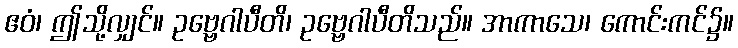
ဧဝံ၊ ဤသို့လျှင်။ ဥဗ္ဗေဂါပီတိ၊ ဥဗ္ဗေဂါပီတိသည်။ အာကာသေ၊ ကောင်းကင်၌။